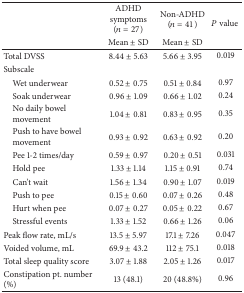
| <ROWSPAN=2>  | ADHD symptoms (n = 27) | Non-ADHD (n = 41) | <ROWSPAN=2> P value |
 | Mean ± SD | Mean ± SD |
 | --- | --- | --- | --- |
 | Total DVSS | 8.44 ± 5.63 | 5.66 ± 3.95 | 0.019 |
 | Subscale |  |  |  |
 | Wet underwear | 0.52 ± 0.75 | 0.51 ± 0.84 | 0.97 |
 | Soak underwear | 0.96 ± 1.09 | 0.66 ± 1.02 | 0.24 |
 | No daily bowel movement | 1.04 ± 0.81 | 0.83 ± 0.95 | 0.35 |
 | Push to have bowel movement | 0.93 ± 0.92 | 0.63 ± 0.92 | 0.20 |
 | Pee 1-2 times/day | 0.59 ± 0.97 | 0.20 ± 0.51 | 0.031 |
 | Hold pee | 1.33 ± 1.14 | 1.15 ± 0.91 | 0.74 |
 | Can't wait | 1.56 ± 1.34 | 0.90 ± 1.07 | 0.019 |
 | Push to pee | 0.15 ± 0.60 | 0.07 ± 0.26 | 0.48 |
 | Hurt when pee | 0.07 ± 0.27 | 0.05 ± 0.22 | 0.67 |
 | Stressful events | 1.33 ± 1.52 | 0.66 ± 1.26 | 0.06 |
 | Peak flow rate, mL/s | 13.5 ± 5.97 | 17.1 ± 7.26 | 0.047 |
 | Voided volume, mL | 69.9 ± 43.2 | 112 ± 75.1 | 0.018 |
 | Total sleep quality score | 3.07 ± 1.88 | 2.05 ± 1.26 | 0.017 |
 | Constipation pt. number (%) | 13 (48.1) | 20 (48.8%) | 0.96 |